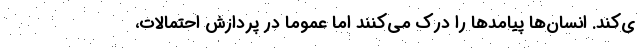
ی‌کند. انسان‌ها پیامدها را درک می‌کنند اما عموما در پردازش احتمالات،